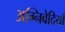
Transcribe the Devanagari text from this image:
अग्निवेदियाँ